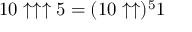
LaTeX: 1 0 \uparrow \uparrow \uparrow 5 = ( 1 0 \uparrow \uparrow ) ^ { 5 } 1